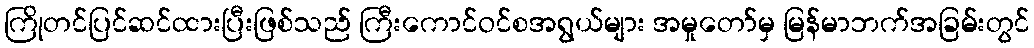
ကြိုတင်ပြင်ဆင်ထားပြီးဖြစ်သည် ကြီးကောင်ဝင်စအရွယ်များ အမှုတော်မှ မြန်မာဘက်အခြမ်းတွင်